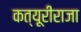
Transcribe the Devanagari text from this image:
कत्यूरीराजा